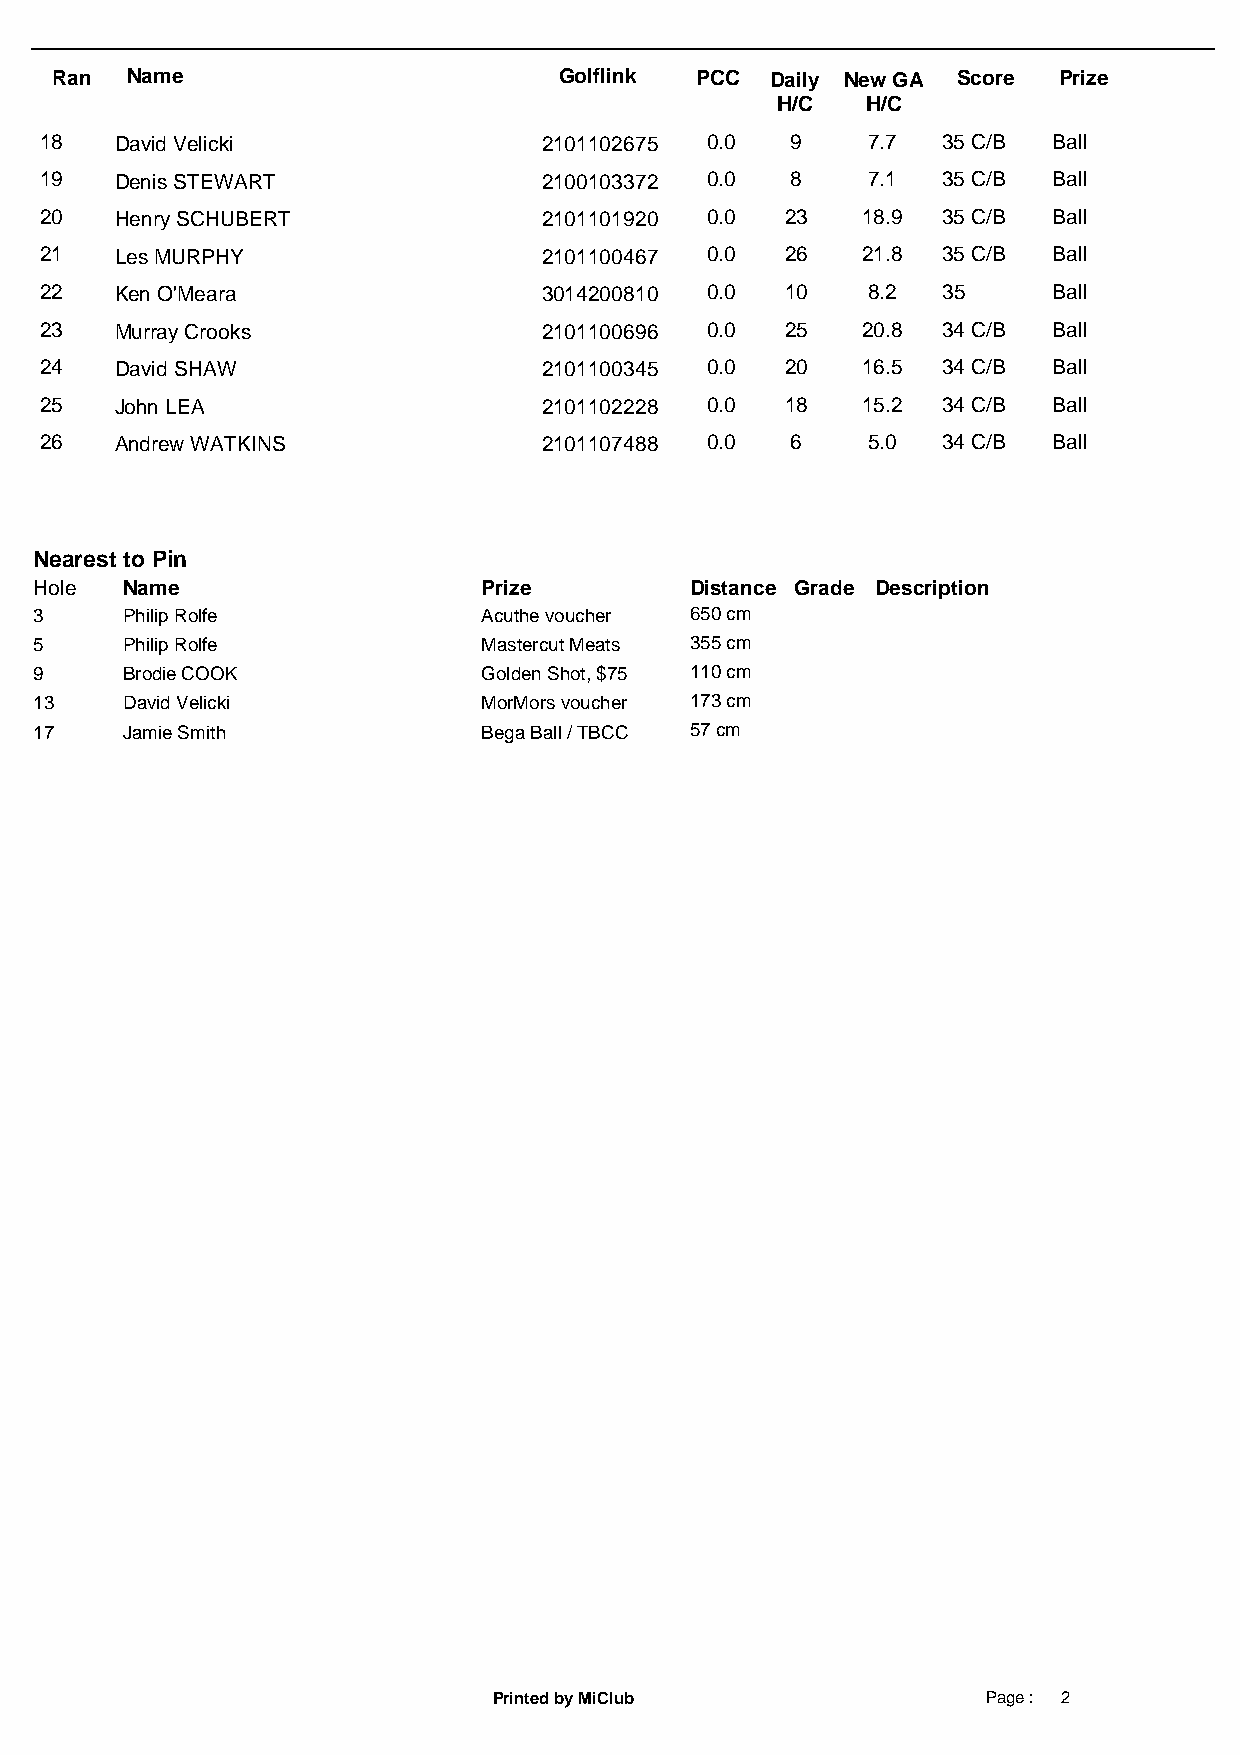
Ran  Name                         Golflink PCC  Daily New GA Score Prize
 H/C   H/C
 18   David Velicki               2101102675 0.0  9    7.7  35 C/B  Ball
 19   Denis STEWART               2100103372 0.0  8    7.1  35 C/B  Ball
 20   Henry SCHUBERT              2101101920 0.0  23   18.9 35 C/B  Ball
 21   Les MURPHY                  2101100467 0.0  26   21.8 35 C/B  Ball
 22   Ken O'Meara                 3014200810 0.0  10   8.2  35      Ball
 23   Murray Crooks               2101100696 0.0  25   20.8 34 C/B  Ball
 24   David SHAW                  2101100345 0.0  20   16.5 34 C/B  Ball
 25   John LEA                    2101102228 0.0  18   15.2 34 C/B  Ball
 26   Andrew WATKINS              2101107488 0.0  6    5.0  34 C/B  Ball
 Nearest to Pin
 Hole  Name                    Prize         Distance Grade Description
 3     Philip Rolfe            Acuthe voucher 650 cm
 5     Philip Rolfe            Mastercut Meats 355 cm
 9     Brodie COOK             Golden Shot, $75 110 cm
 13    David Velicki           MorMors voucher 173 cm
 17    Jamie Smith             Bega Ball / TBCC 57 cm
 Printed by MiClub               Page : 2